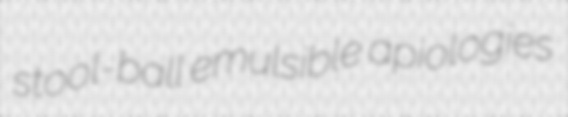
stool-ball emulsible apiologies